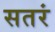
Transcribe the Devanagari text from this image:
सतरं